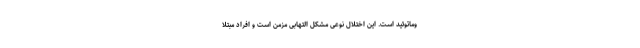
وماتوئید است. این اختلال نوعی مشکل التهابی مزمن است و افراد مبتلا